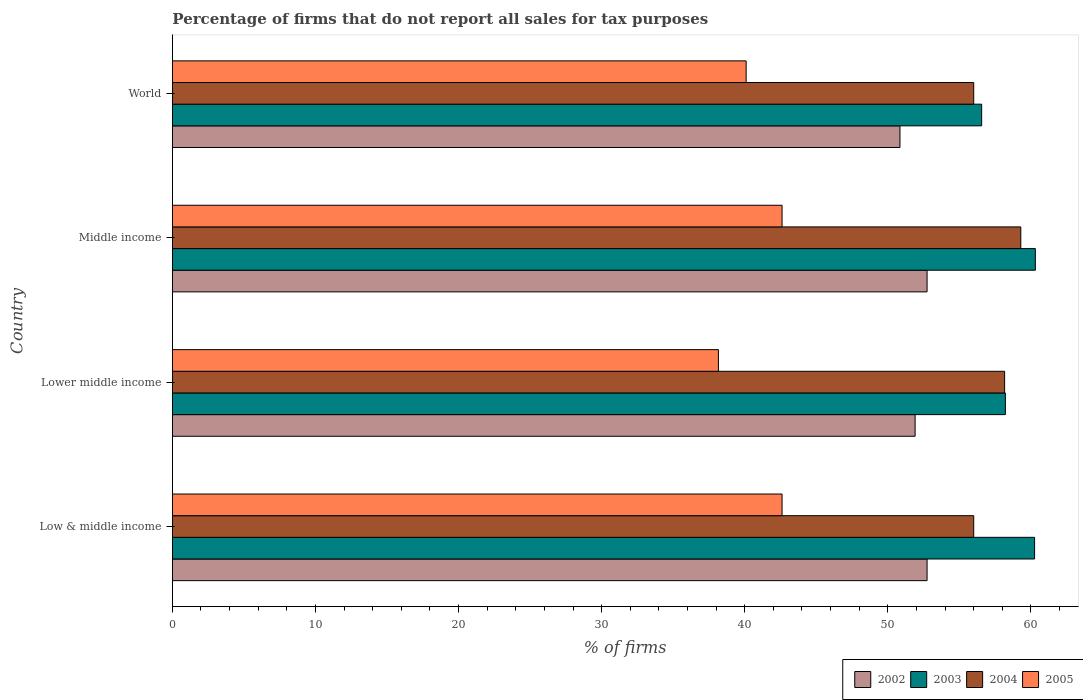
| Country | 2002 | 2003 | 2004 | 2005 |
 | --- | --- | --- | --- | --- |
 | Low & middle income | 52.7 | 60.3 | 56 | 42.6 |
 | Lower middle income | 51.9 | 58.2 | 58.2 | 38.2 |
 | Middle income | 52.7 | 60.3 | 59.3 | 42.6 |
 | World | 50.9 | 56.6 | 56 | 40.1 |